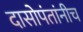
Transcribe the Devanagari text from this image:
दासोपंतांनीच